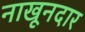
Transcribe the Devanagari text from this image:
नाखूनदार